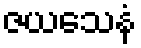
ဇယသေနံ